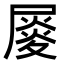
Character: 𡳉